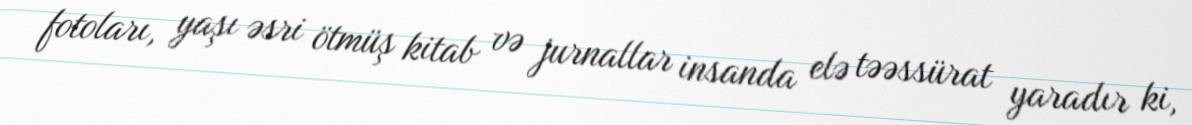
fotoları, yaşı əsri ötmüş kitab və jurnallar insanda elə təəssürat yaradır ki,